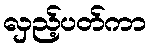
လှည့်ပတ်ကာ